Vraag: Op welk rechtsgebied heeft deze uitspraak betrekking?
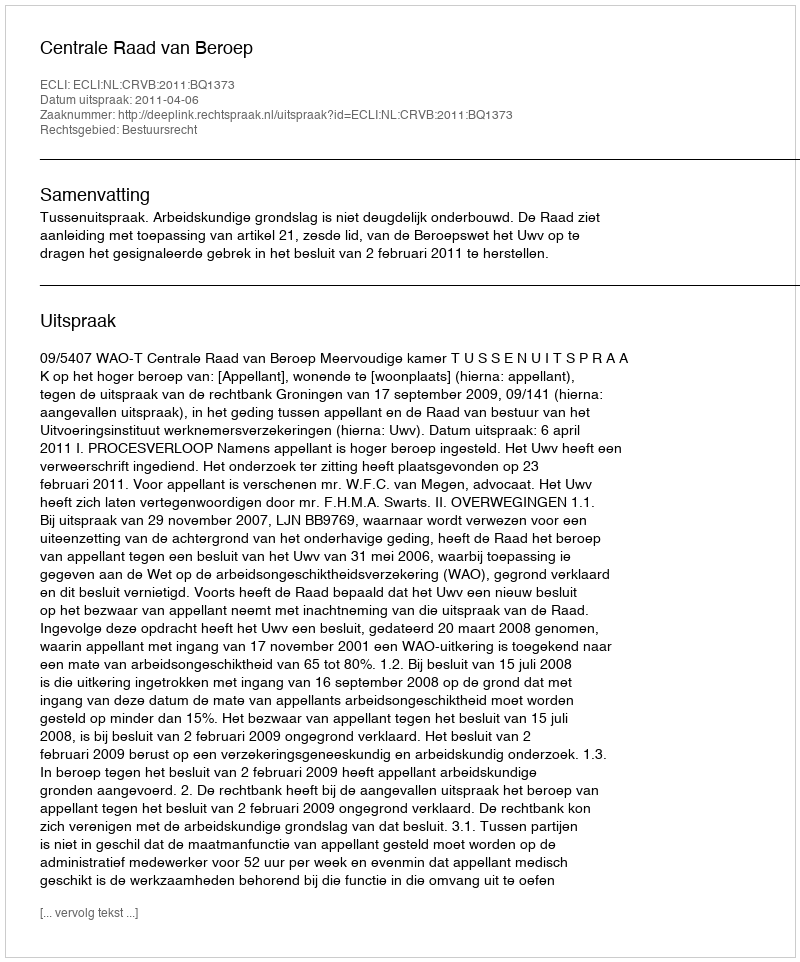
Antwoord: Bestuursrecht